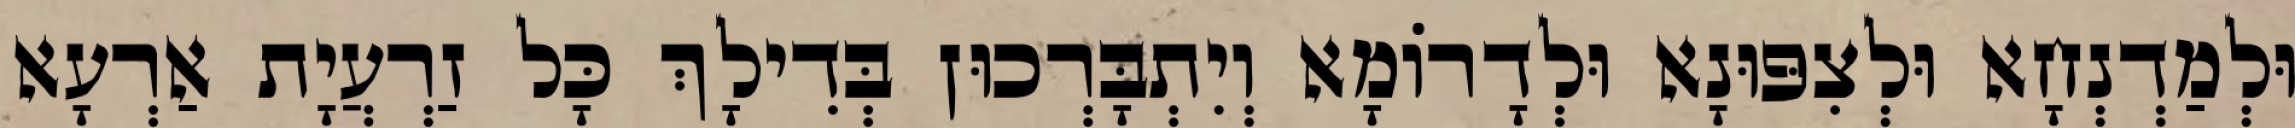
וּלְמַדְנְחָא וּלְצִפּוּנָא וּלְדָרוֹמָא וְיִתְבָּרְכוּן בְּדִילָךְ כָּל זַרְעֲיָת אַרְעָא